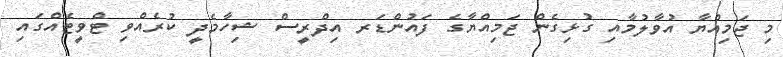
މި ޖަމިއްޔާ އުވާލުމާއި ގުޅިގެން ޖަމިއްޔާގެ ފައުންޑަރ އިދްރީސް ޝިހާމެދީ ކުރެއްވި ޓްވީޓެއްގައި